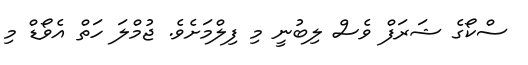
ސްކޯގެ ޝަރަފް ވެސް ލިބުނީ މި ފިލްމަށެވެ. ޖުމްލަ ހަތް އެވޯޑް މި